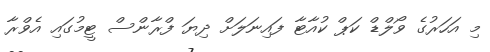
މި އަހަރުގެ ވޯލްޑް ކަޕް ކުއާޓާ ފައިނަލަށް ދިޔަ ފްރާންސް ޓީމުގައި އެވްރާ